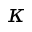
\kappa